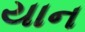
યાન